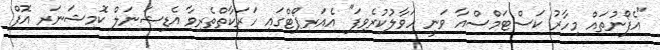
"އެފޯނުތައް މިހާރު ކަސްޓަމްސްއާ ވަނީ ހަވާލުކުރެވިފަ" އެއަރޕޯޓްގައި ހަރަކާތްތެރިވާ އެޑިޝަނަލް ކޮމިޝަނަރ އޮފް